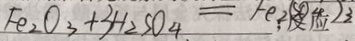
F e _ { 2 } O _ { 3 } + 3 H _ { 2 } S O _ { 4 } = F e _ { 2 } S O _ { 4 } ) 3